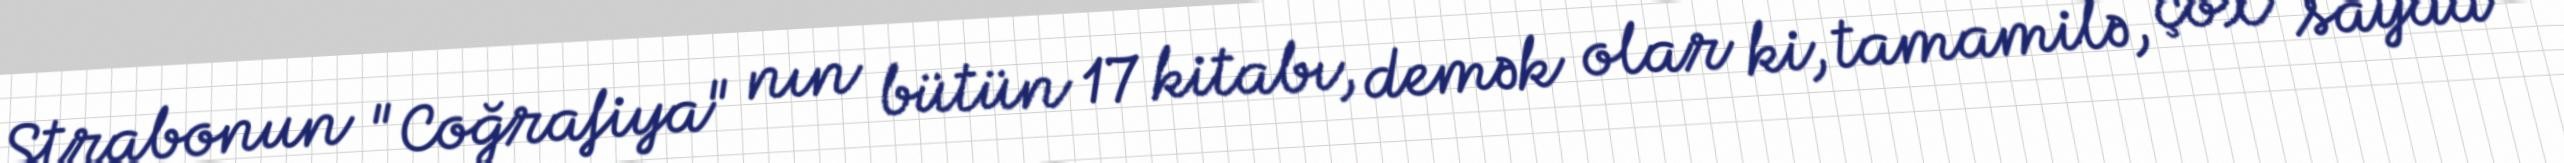
Strabonun "Coğrafiya" nın bütün 17 kitabı, demək olar ki, tamamilə, çox sayda